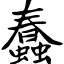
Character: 蠢